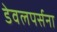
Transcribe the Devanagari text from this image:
डेवलपर्सना